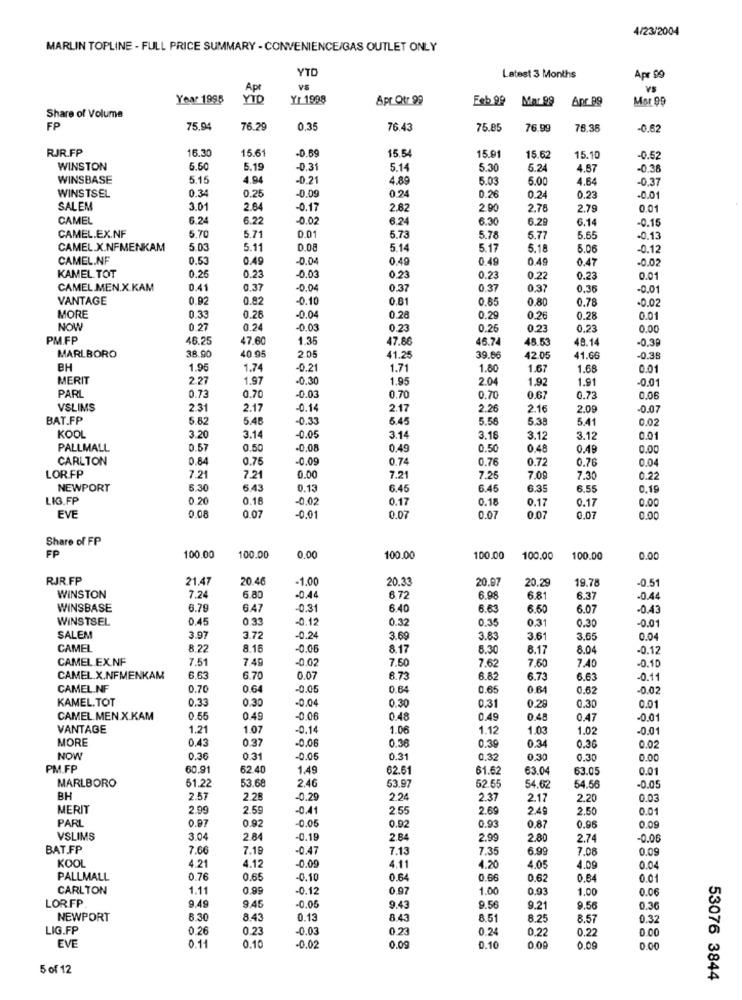
4/23/2004
MARLIN TOPLINE - FULL PRICE SUMMARY - CONVENIENCE/GAS OUTLET ONLY
YTD
Latest 3 Months
Apr 00
Apr
VS
Year 1995
YID
Yr 1998
Apr Otr 99
Feb 99
Mar 99
Apr 89
Mor 99
Share of Volume
FP
75.94
76.29
0,35
76 43
75.85
76.99
76.36
-0.62
RJR.FP
16.30
15.6
-0.69
15.54
15.91
15.62
15.10
0.52
WINSTON
5.50
5.19
-0.31
5.14
5.30
5.24
4.57
-0.38
WINSBASE
5.15
4.04
-0.21
4.89
5.03
6.00
4.64
-0.37
0.34
0.25
-0.09
0.26
WINSTSEL
0.24
0.24
0.23
-0.0
SALEM
3.01
2.64
-0.17
2.82
2.90
2.78
2.79
0.01
CAMEL
6.24
6.22
-0.02
6.24
6.30
6.29
6.14
-0.15
CAMEL.EX.NF
5.70
5.71
0.01
5.73
5.78
5.77
5.65
0.13
CAMEL.X.NFMENKAM
5.03
5.11
0.08
5.14
5.17
5.18
5.06
-0.12
CAMEL.NF
0.53
0.49
.0.04
0.49
0.49
0.49
0.47
-0.02
KAMEL TOT
0.26
0.23
-0.03
0,23
0.23
0.22
0.23
0.01
CAMEL .MEN.X.KAM
0.41
0.37
00
0.37
0.37
0,37
0.35
-0.0
VANTAGE
0.92
0.82
-0.10
0.81
0.85
0.80
0.78
-0.02
0.04
MORE
0.33
0.28
0.28
0.29
0.26
0.28
0.01
NOW
0 27
0.24
-0.03
0.23
0.26
0.23
0.23
0.00
PM.FP
46.25
47.60
1.35
47.86
46.74
15.53
48.14
-0.39
40.95
MARLBORO
38.90
2.05
41.25
39.66
42.05
41.66
0.36
BH
1.95
1.74
-0.21
1.71
1.80
1.67
1.68
0.01
MERIT
2.27
1.97
-0.30
1.95
2.04
1.92
1.91
-0.01
PARL
0.73
-0.03
0.70
0.70
0.70
0.67
0.73
0.06
VSLIMS
2.31
2.17
-0.14
2.17
2.26
2.16
2.09
0.07
BAT.FP
5.82
5.48
-0.33
5.45
5.56
5.38
5.41
0.02
KOOL
3.20
3.14
-0.05
3.14
3.16
3.12
3.12
0.01
PALLMALL
0.57
0.50
-0.08
0.49
0.50
0.48
0.49
0.00
CARLTON
0.84
0.75
-0.09
0.74
0.76
0.72
0.76
0.04
LOR.FP
7.21
7.21
0.00
7.2
7.25
7.0
7.30
0.22
NEWPORT
6.30
6.43
0.13
6.45
6.45
6.35
6.55
0.19
LIG.FP
0 20
0.18
-0.02
0.17
0.18
0.17
0.17
0.00
0.07
EVE
0.08
-0.01
0.07
0.07
0.07
0,07
0.00
Share of FP
FP
100.00
100.00
0.00
100.00
100.00
100.00
100.00
0.00
RJR.FP
21.47
20.46
1.00
20.33
20.97
19.78
20.29
-0.51
WINSTON
7.24
6.80
-0.44
6 72
6.98
6.81
6.37
-0.44
WINSBASE
6.79
6.47
-0.31
6.40
6.63
6.50
6.07
0.43
WINSTSEL
0.45
0 33
-0.12
0.32
0.35
0.31
0.30
-0.01
SALEM
3.97
3.72
-0.24
3.69
3.83
3.61
3.65
0.04
CAMEL
8.22
8.16
-0.06
8.17
8.3
8.17
8.04
-0.12
CAMEL EX.NF
7.51
7.49
-0.02
7.62
7.60
7.40
7.50
-0.10
CAMEL X.NFMENKAM
6.63
6.70
0.07
6.73
6.82
6.73
6.63
-0.11
CAMEL.NF
0.70
0.64
-0.05
0.64
0.65
0.64
0.62
-0.02
KAMEL.TOT
0.33
0.30
-0.04
0.30
0.31
0.28
0.30
0.01
CAMEL.MEN.X.KAM
0.55
0.49
-0.06
0.48
0.49
0.48
0.47
-0.01
VANTAGE
1.21
1.07
-0.14
1.06
1.12
1.03
1.02
-0.01
MORE
0.43
0.37
-0.06
0.36
0.39
0.34
0.36
0.02
NOW
0.36
0.31
-0.05
0.31
0.32
0,30
0.30
0.00
PM FP
60.91
62.40
1.49
62.61
61.62
63.04
63.05
0.01
53.68
246
MARLBORO
61.22
53.97
62.55
54.62
54.56
-0.05
BH
2.57
2.28
-0.29
2.24
2.37
2.17
2.20
0.03
MERIT
2.99
2.59
-0.41
2.55
2.69
2.49
2.50
0.01
PARL
0.92
-0.05
0.97
0.92
0.93
0,87
0.96
0.09
VSLIMS
3.04
2.84
0.19
2 84
2.99
2.80
2.74
-0.00
BAT.FP
7.66
7.19
0.47
7.13
7.35
6.99
7.00
0.09
KOOL
4.12
-0.09
4.21
4.11
4.20
4.05
4.09
0.04
PALLMALL
0.7
0.65
.0.10
0.64
0.66
0.62
0.84
0.01
CARLTON
1.11
0.99
-0.12
0.97
1.00
0.93
1.00
0.06
LOR.FP
9.49
-0.05
9.43
9.56
9.21
9.56
0.36
NEWPORT
6.30
8.43
0.13
8.43
8.51
8.25
8.57
0.32
LIG.FP
0.26
0.23
-0.03
0.23
0.24
0.22
0.22
0.00
EVE
0.11
0.10
-0.02
0.09
0.10
0.00
0,09
0.00
5 of 12
53076 3844